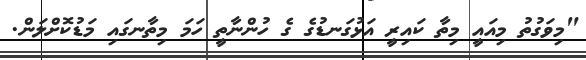
"މިވަގުތު މިއައީ މިތާ ކައިރީ އަޅުގަނޑުގެ ގެ ހުންނާތީ ހަމަ މިތާނގައި މަޑުކޮށްލަން.